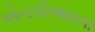
એનપીઆરના